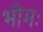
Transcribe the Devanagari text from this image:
भीमः